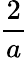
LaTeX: \frac{2}{a}